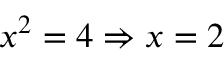
x ^ { 2 } = 4 \Rightarrow x = 2